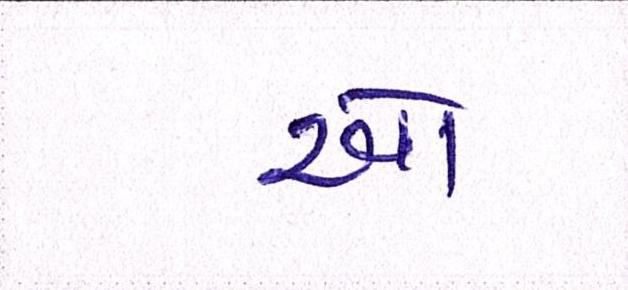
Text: ઓ